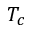
T _ { c }